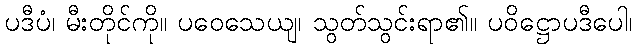
ပဒီပံ၊ မီးတိုင်ကို။ ပဝေသေယျ၊ သွတ်သွင်းရာ၏။ ပဝိဋ္ဌောပဒီပေါ၊